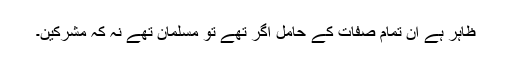
ظاہر ہے ان تمام صفات کے حامل اگر تھے تو مسلمان تھے نہ کہ مشرکین۔